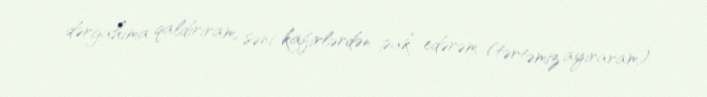
dərgahıma qaldırıram, səni kafirlərdən pak edərəm (tərtəmiz ayıraram).